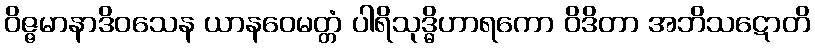
ဝိဇ္ဇမာနာဒိဝသေန ယာနဝေမတ္တံ ပါရိသုဒ္ဓိဟာရကော ဝိဒိတာ အဘိသဋောတိ